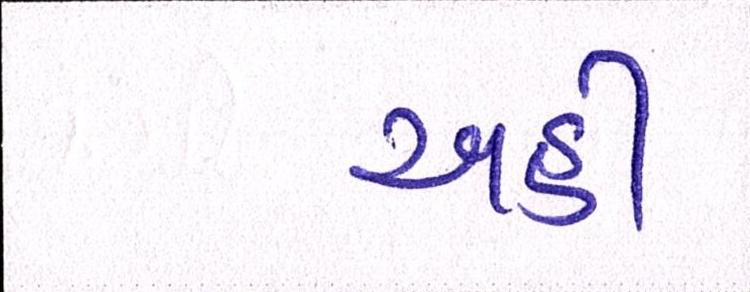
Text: અહીં